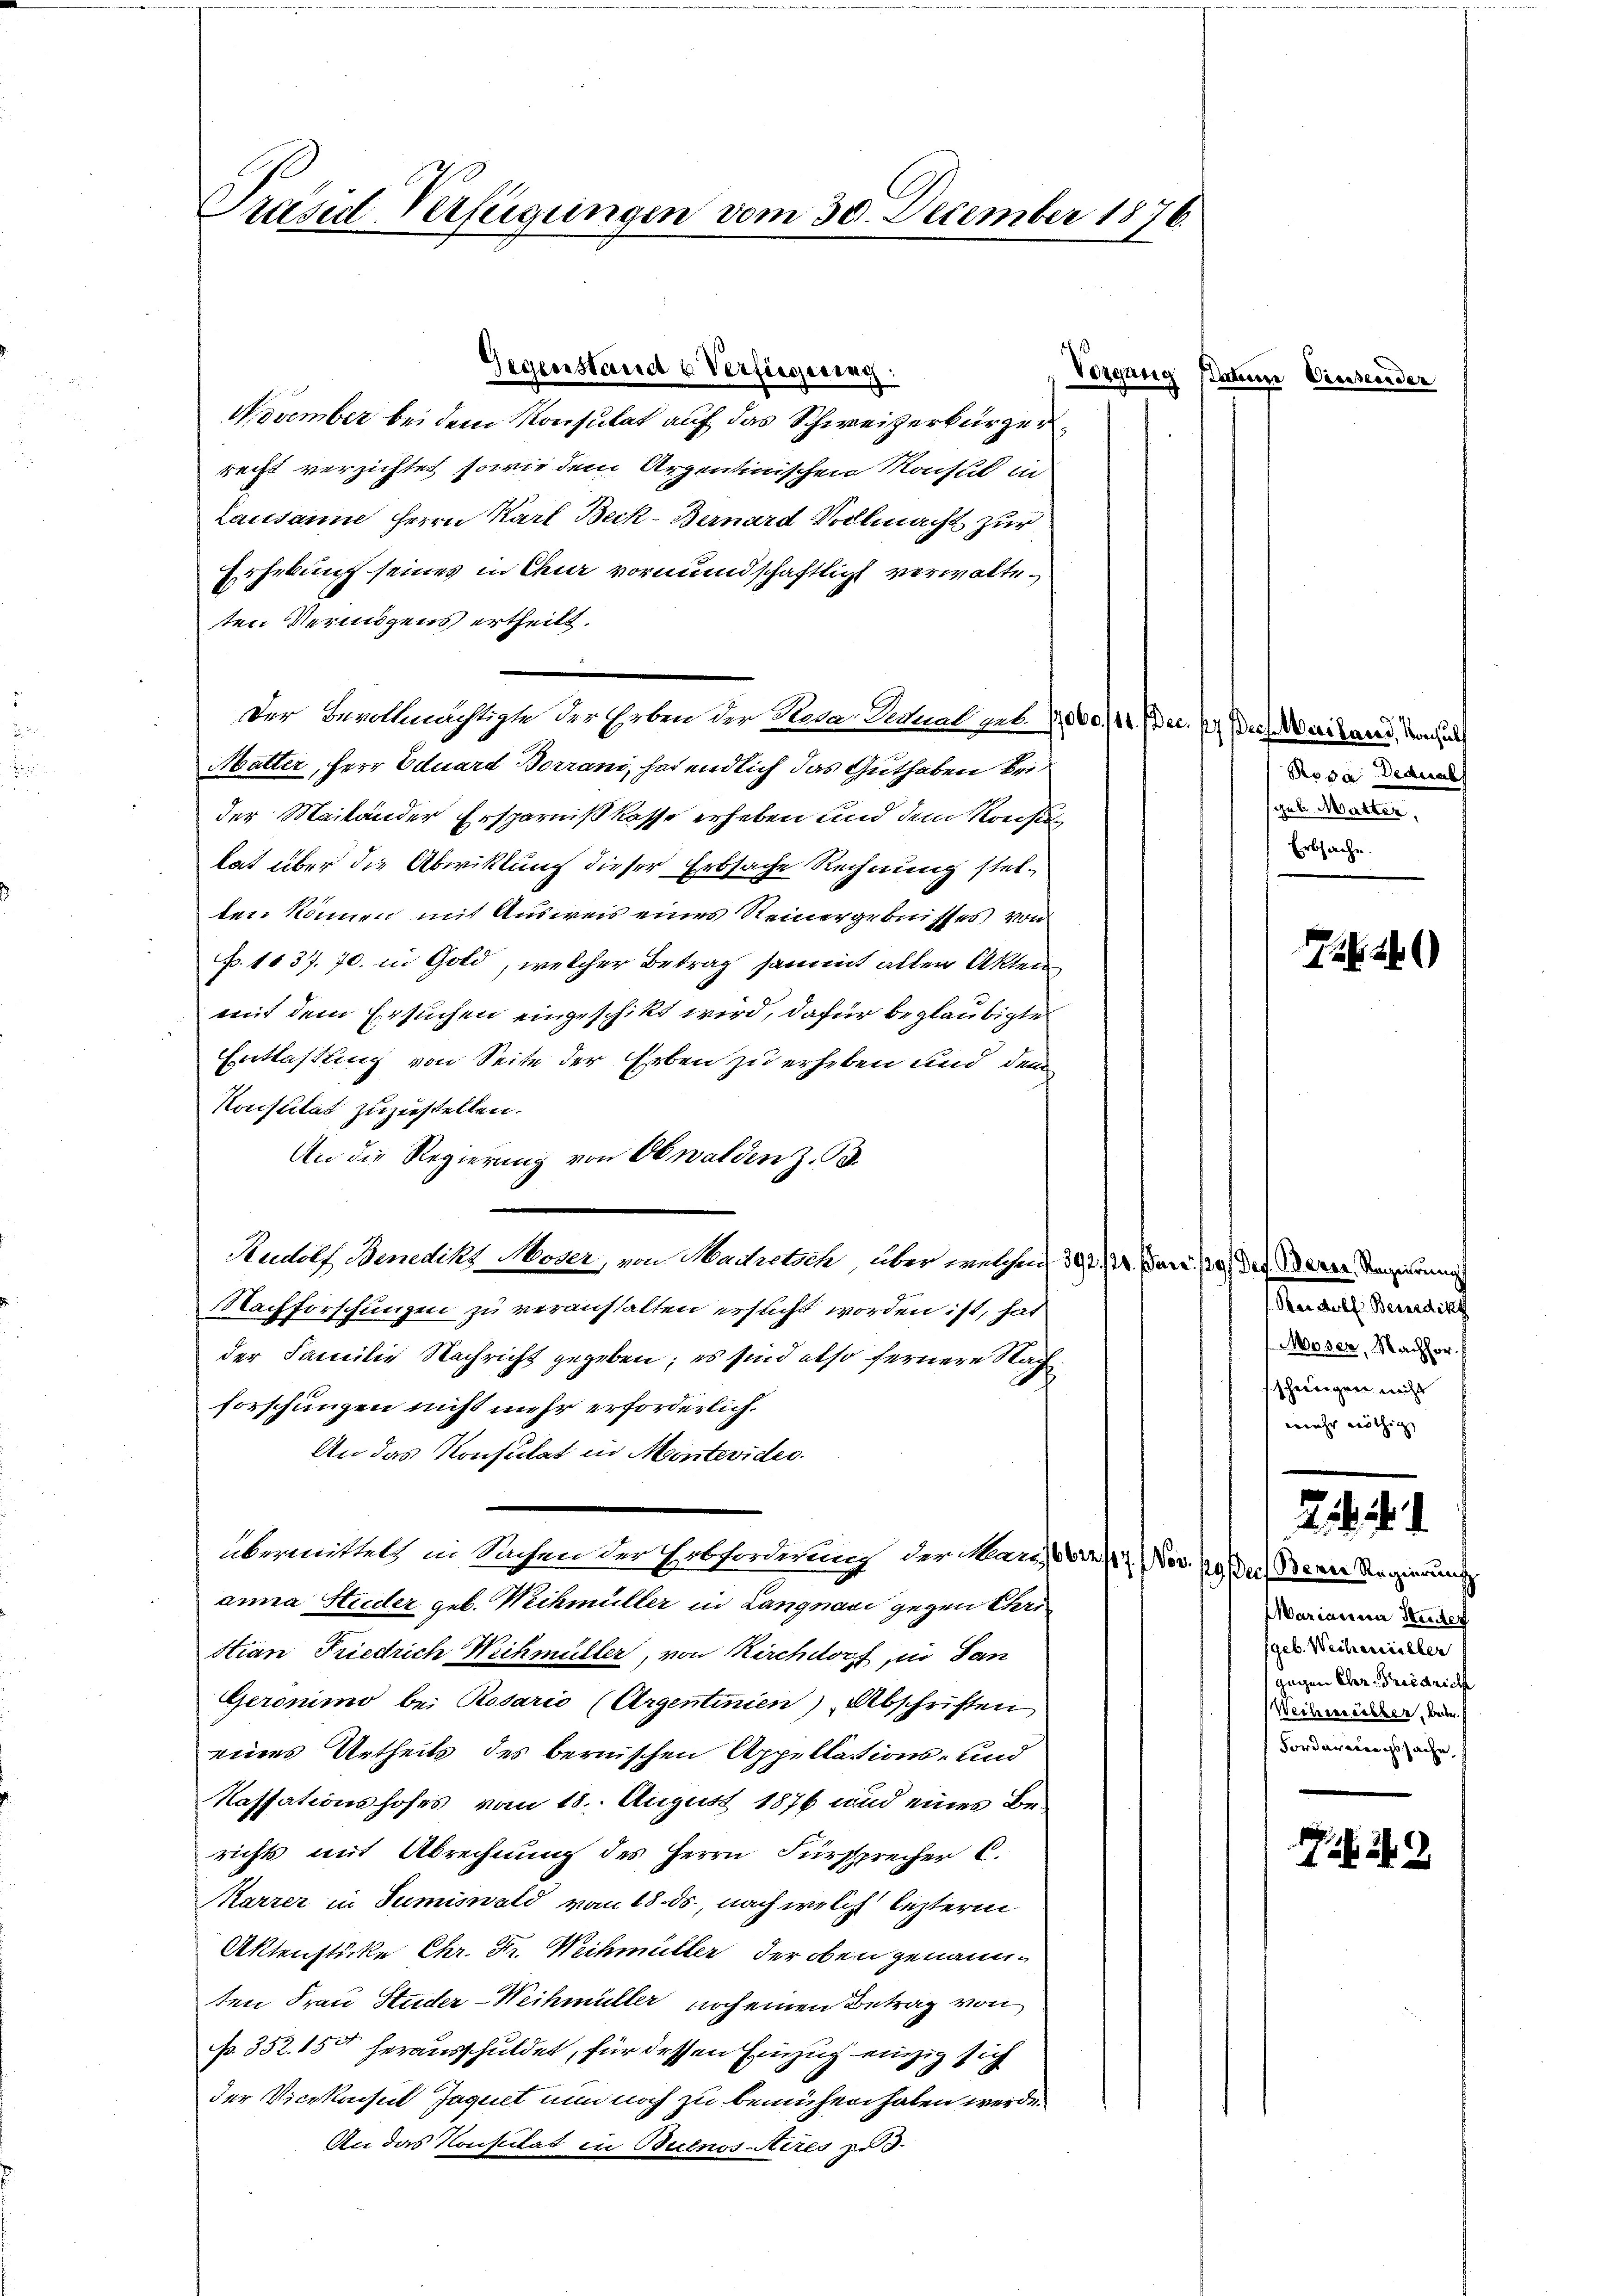
Präsid Verfügungen vom 30. December 1876.

November bei dem Konsulat auf das Schweizerbürgerrecht verzichtet, sowie dem Arzentinischen Konsul in
Lausanne Herrn Karl Beck-Bernard Vollmacht zur
Erhebung seines in Chur vormundschaftlich verwalteten Vermögens ertheilt.
e
Der Bevollmächtigte der Erben der Heda Detal u. 2000/14. Dec. 2. Dich Mailand, da
Matter, Herr Eduard Borrani, hat endlich das Guthaben bei
der Mailander Ersparnißkasse erheben und dem Konsu
lat über die Abwicklung dieser Erbsache Rechnung stelten können mit Ausweis eines Steinergebnisses von
p. 1837. 70. in Gold, welcher Betrag sammt allen Akten
mit dem Ersuchen eingeschikt wird, dafür beglaubigte
Entlastung von Seite der Erben zu erheben und dem
Konsulat zuzustellen.
An die Regierung von Obwalden z. B.
Rudolf Benedikt Moser, von Machetsch, über welchen 393/4. Dari. 120, der Bern Regierung
Nachforschungen zu veranstalten ersucht worden ist, hat
der Familie Nachricht gegeben; es sind also fernere Nachforschungen nicht mehr erforderlich.
An das Konsulat in Montevides.
übermittels in Sachen der Erbforderung der Kars (604/7. Nov. 19 der Bern Regierung
anna Studer geb. Weihmüller in Langnavi gegen Chri
stian Friedrich Wichmüller, von Kirchdorf in San
Geronimo bei Rosario (Argentinien) Abschriften
eines Urtheils des bernischen Appellations- und
Kassationshofes vom 18. August 1876 und eines Berichts mit Abrechnung des Herrn Fürsprecher C.
Karrer in Sumiswald vom 18. ds., nach welch leztere
Aktenstücke Chr. Fr. Weihmüller, der oben genannten Frau Studer-Weihmüller noch einen Betrag von
N. 352. 15 herausschuldet, für dessen Einzug einzig sich
der Vicekonsul Jaquet nun noch zu bemühen haben werde.
An das Konsulat in Buenos-Ayres zu d

Gegenstand u Verfügung:

Vorgang Patene Preuseender

Ropa Deduab
geb. Matter,
Erbsache.

726)

Ber soll Benedikt
Moser, Nachhor
schweigen nicht
mehr nöthig,

2
Marianna Stadter
(geb. Wechmüller
gegen Cher. Friedrich
Weitererbter, betr.
Forderungssache,

29